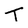
Character: T